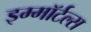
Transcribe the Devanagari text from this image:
इम्मॉर्टल्स